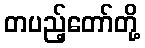
တပည့်တော်တို့